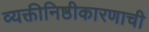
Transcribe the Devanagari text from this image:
व्यक्तीनिष्ठीकारणाची